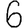
Digit: 6